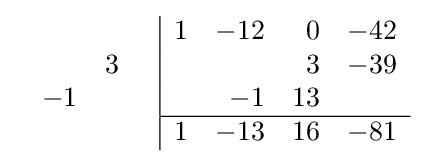
{\begin{array}{cc}{\begin{array}{rr}\\&3\\-1&\\\\\end{array}}&{\begin{array}{|rrrr}1&-12&0&-42\\&&3&-39\\&-1&13&\\\hline 1&-13&16&-81\\\end{array}}\end{array}}